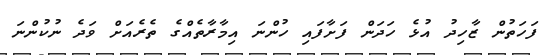
ފަހަތުން ޒާހިދު އުޅެ ހަދަން ފަށާފައި ހުންނަ އިމާރާތެއްގެ ތެރެއަށް ވަދެ ނުކުންނަ